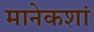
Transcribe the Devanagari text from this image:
मानेकशां